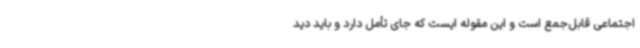
اجتماعی قابل‌جمع است و این مقوله ایست که جای تأمل دارد و باید دید